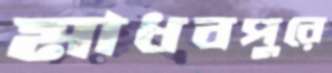
মাধবপুরে